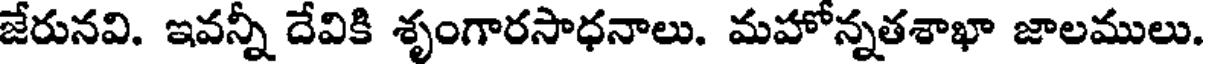
జేరునవి. ఇవన్నీ దేవికి శృంగారసాధనాలు. మహోన్నతశాఖా జాలములు.